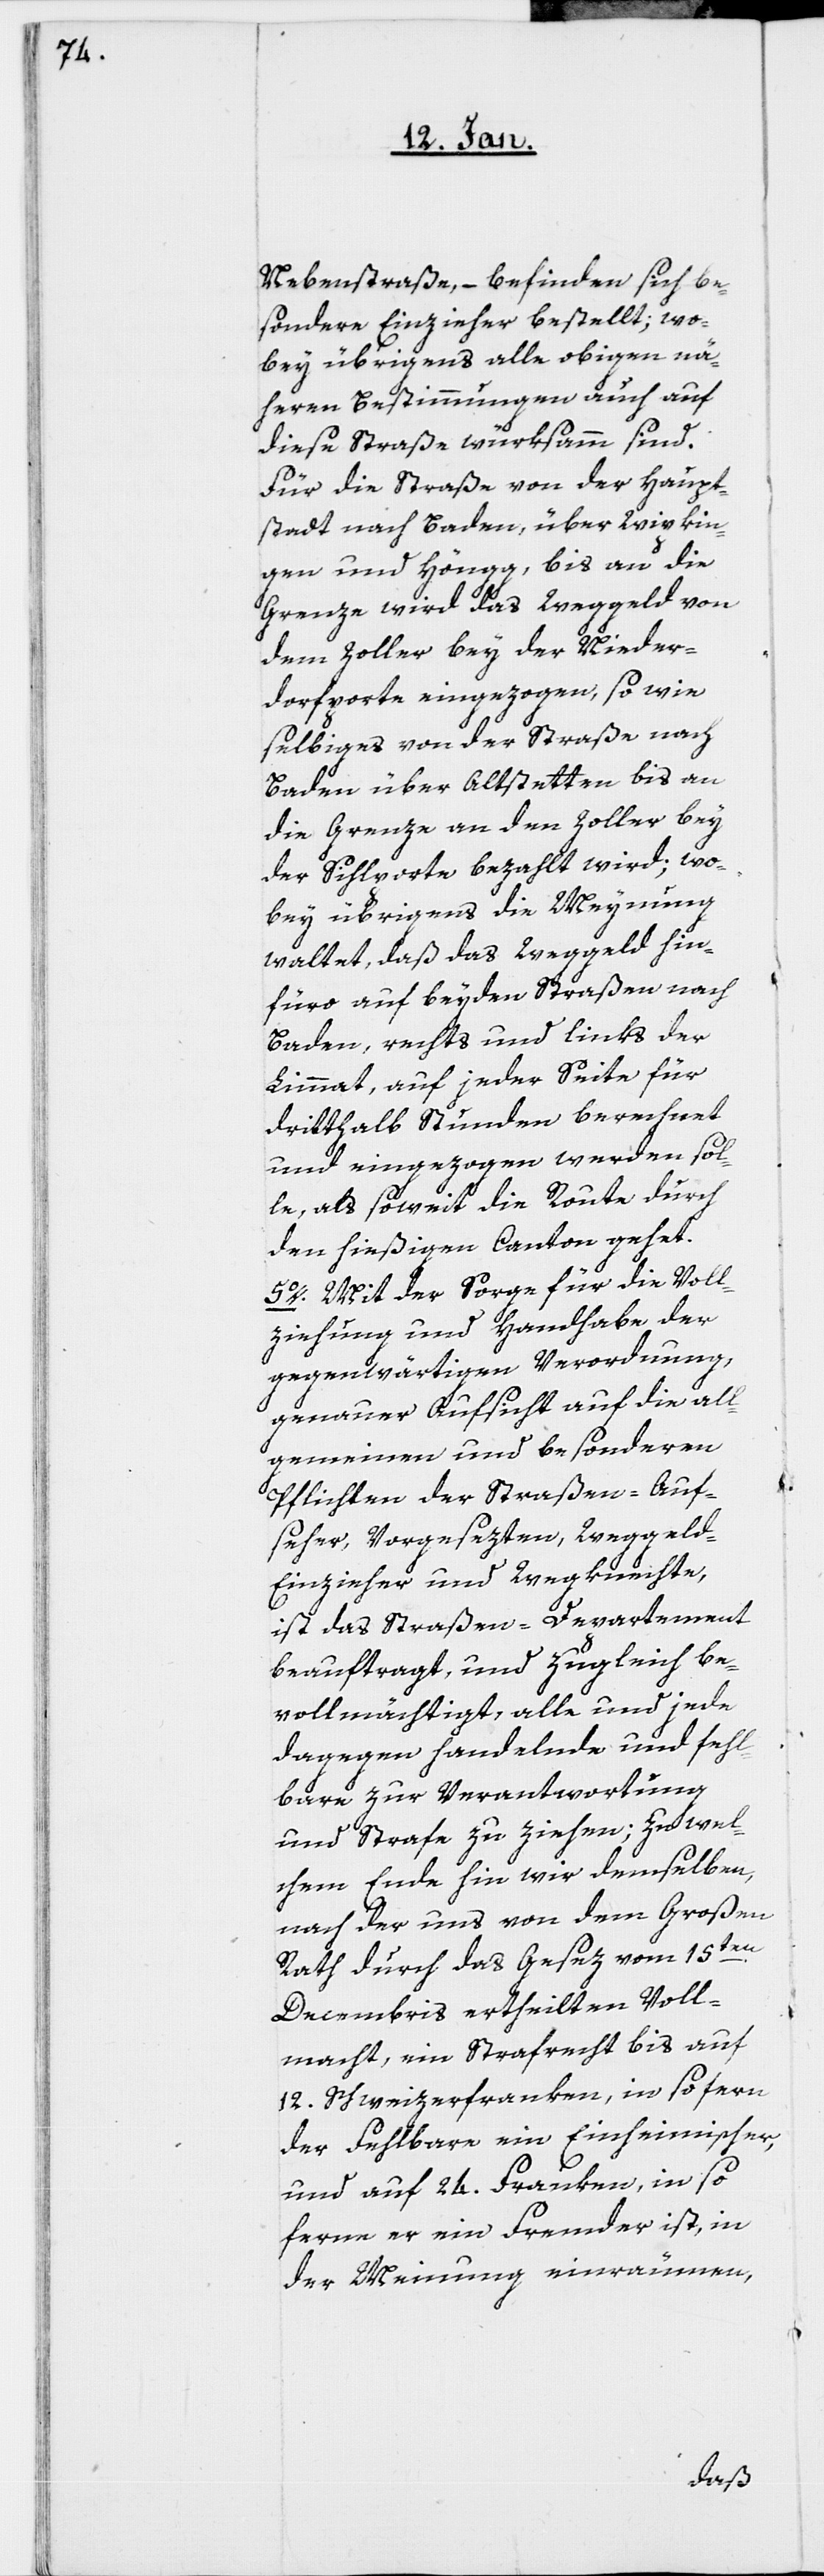
Nebenstraße, – befinden sich be¬
sondere Einzieher bestellt; wo¬
bey übrigens alle obigen nä¬
heren Bestimmungen auch auf
diese Straße würksamm sind.
Für die Straße von der Haupt¬
stadt nach Baden, über Wipkin¬
gen und Höngg bis an die
Grenze wird das Weggeld von
dem Zoller bey der Nieder¬
dorfporte eingezogen, sowie
selbiges von der Straße nach
Baden über Altstetten bis an
die Grenze an den Zoller bey
der Sihlporte bezahlt wird; wo¬
bey übrigens die Meynung
waltet, daß das Weggeld hin¬
füro auf beyden Straßen nach
Baden, rechts und links der
Limmat, auf jeder Seite für
dritthalb Stunden berechnet
und eingezogen werden sol¬
le, als soweit die Route durch
den hießigen Canton gehet.
5o. Mit der Sorge für die Voll¬
ziehung und Handhabe der
gegenwärtigen Verordnung,
genauer Aufsicht auf die all¬
gemeinen und besonderen
Pflichten der Straßen-Auf¬
seher, Vorgesezten, Weggel¬
d-Einzieher und Wegknechte,
ist das Straßen-Departement
beauftragt, und zugleich be¬
vollmächtigt, alle und jede
dagegen handelnde und fehl¬
bare zur Verantwortung
und Strafe zu ziehen; zu wel¬
chem Ende hin wir demselben,
nach der uns von dem Großen
Rath durch das Gesez vom 15ten.
Decembris ertheilten Voll¬
macht, ein Strafrecht bis auf
12. Schweizerfranken, in sofern
der Fehlbare ein Einheimischer,
und auf 24. Franken, in so
ferne er ein Fremder ist, in
der Meinung einräumen,